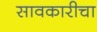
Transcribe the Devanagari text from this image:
सावकारीचा